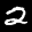
Label: 2